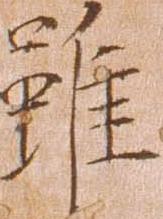
雖